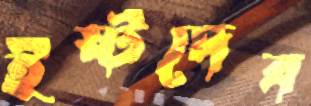
ইষ্টদেব